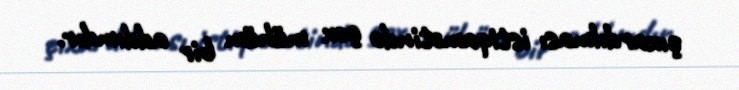
çıxardılması istiqamətində çox mühüm bir addımdır.